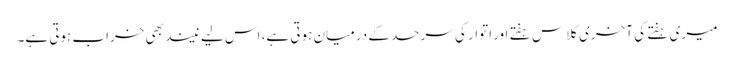
میری ہفتے کی آخری کلاس ہفتے اور اتوار کی سرحد کے درمیان ہوتی ہے، اس لیے نیند بھی خراب ہوتی ہے۔